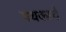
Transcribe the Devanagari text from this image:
पथकाचेे